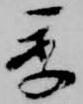
季